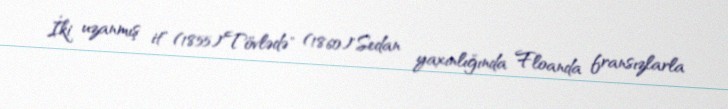
İki uzanmış it" (1855)"Tövlədə" (1860)"Sedan yaxınlığında Floanda fransızlarla